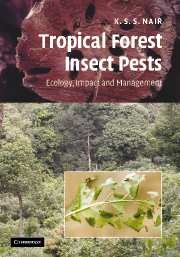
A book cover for Tropical Forest Insect Pests: Ecology, Impact, and Management; K. S. S. Nair; Science & Math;